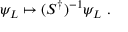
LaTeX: \psi _ { L } \mapsto ( S ^ { \dagger } ) ^ { - 1 } \psi _ { L } ~ .